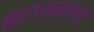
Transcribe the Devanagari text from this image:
ह्याप्तकामा